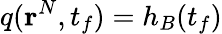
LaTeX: q(\mathbf{r}^{N},t_{f})=h_{B}(t_{f})